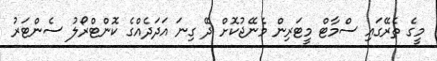
މީގެ ތެރޭގައި ސްމާޓް މީޓަރިން މެނޭޖުކޮށް ދޭ ގިނަ އަދަދެއްގެ ކޮންޓްރޯލު ސެންޓަރު